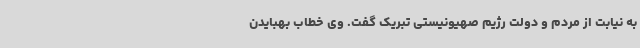
به نیابت از مردم و دولت رژیم صهیونیستی تبریک گفت. وی خطاب بهبایدن